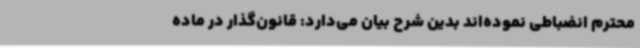
محترم انضباطی نموده‌اند بدین شرح بیان می‌دارد: قانون‌گذار در ماده